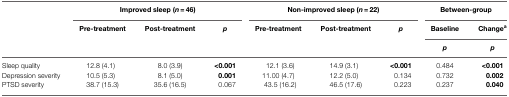
|  | <COLSPAN=3> Improved sleep (n = 46) | <COLSPAN=3> Non-improved sleep (n = 22) | <COLSPAN=2> Between-group |
 |  | Pre-treatment | Post-treatment | p | Pre-treatment | Post-treatment | p | Baseline | Changea |
 |  |  |  |  |  |  |  | p | p |
 | --- | --- | --- | --- | --- | --- | --- | --- | --- |
 | Sleep quality | 12.8 (4.1) | 8.0 (3.9) | <0.001 | 12.1 (3.6) | 14.9 (3.1) | <0.001 | 0.484 | <0.001 |
 | Depression severity | 10.5 (5.3) | 8.1 (5.0) | 0.001 | 11.00 (4.7) | 12.2 (5.0) | 0.134 | 0.732 | 0.002 |
 | PTSD severity | 38.7 (15.3) | 35.6 (16.5) | 0.067 | 43.5 (16.2) | 46.5 (17.6) | 0.223 | 0.237 | 0.040 |